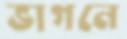
ভাগনে